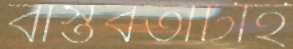
বাস্তবতাটাই